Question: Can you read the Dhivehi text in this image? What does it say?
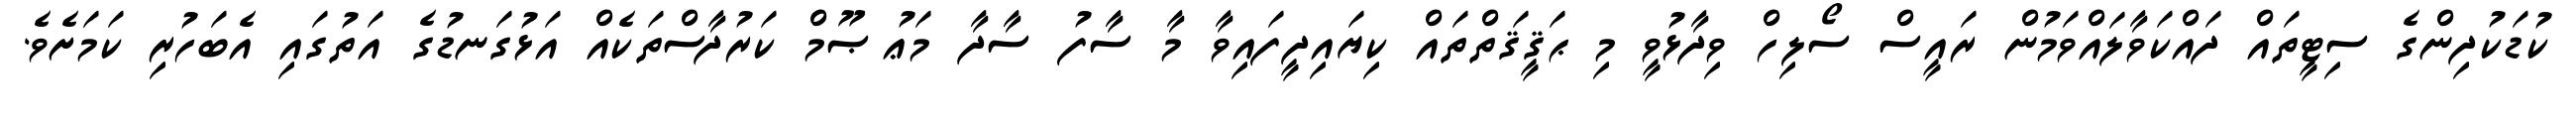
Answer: ކުޑަކުދިންގެ ސިޓީތައް ދައްކަވާލައްވަމުން ރައީސް ސޯލިހް ވިދާޅުވީ މި ޙަޤީޤަތްތައް ކިޔައިދީފައިވާ މާ ސާފު ސާދާ މަޢުޞޫމް ކަރުދާސްތަކެއް އަޅުގަނޑުގެ އަތުގައި އެބަހުރި ކަމަށެވެ.